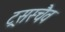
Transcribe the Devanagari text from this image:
ट्रसस्चैव